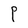
Character: P